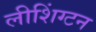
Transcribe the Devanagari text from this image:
लीशिंग्टन